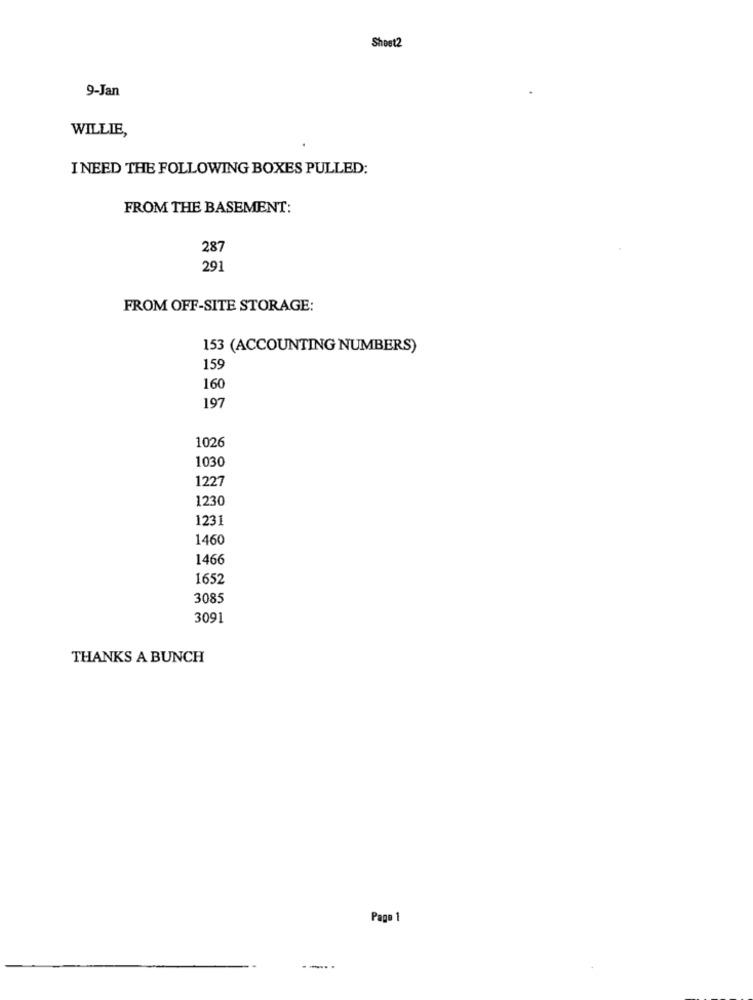
Sheet2
9-Jan
WILLIE,
I NEED THE FOLLOWING BOXES PULLED:
FROM THE BASEMENT:
28
291
FROM OFF-SITE STORAGE:
153 (ACCOUNTING NUMBERS)
159
160
197
1026
1030
1227
1230
1231
1460
1466
1652
3085
3091
THANKS A BUNCH
Page 1
.-...